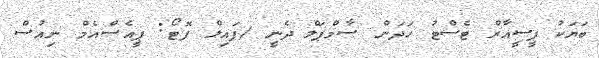
ބަޔަކު ޕީސީއާރް ޓެސްޓު ހަދަން ސާމްޕަލް ދެނީ /ފައިލް ފޮޓޯ: ޕީއެސްއެމް ނިއުސް